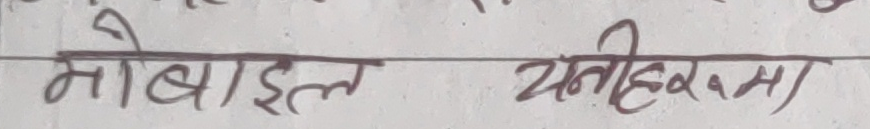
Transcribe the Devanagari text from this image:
मोबाईल यतीहरनमा